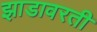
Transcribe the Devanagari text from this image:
झाडावरती